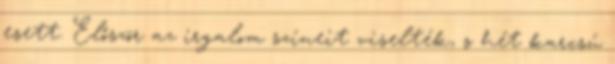
esett. Először az irgalom színeit viselték, s hét karcsú